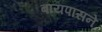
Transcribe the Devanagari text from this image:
बायपासने